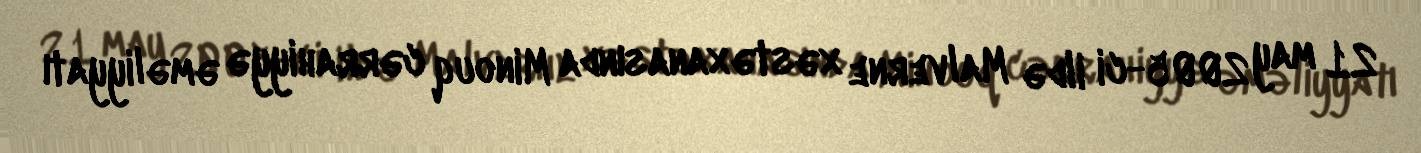
21 may 2005-ci ildə Malverne xəstəxanasında Minouq cərrahiyyə əməliyyatı